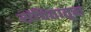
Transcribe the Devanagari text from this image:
संचितातून